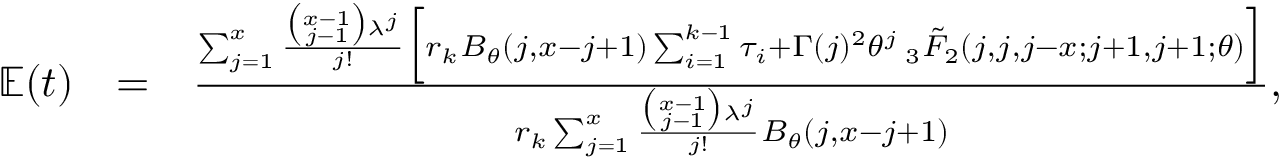
\begin{array} { r l r } { \mathbb { E } ( t ) } & { = } & { \frac { \sum _ { j = 1 } ^ { x } \frac { \binom { x - 1 } { j - 1 } \lambda ^ { j } } { j ! } \Big [ r _ { k } B _ { \theta } ( j , x - j + 1 ) \sum _ { i = 1 } ^ { k - 1 } \tau _ { i } + \Gamma ( j ) ^ { 2 } { \theta } ^ { j } \: _ { 3 } \tilde { F } _ { 2 } ( j , j , j - x ; j + 1 , j + 1 ; \theta ) \Big ] } { r _ { k } \sum _ { j = 1 } ^ { x } \frac { \binom { x - 1 } { j - 1 } \lambda ^ { j } } { j ! } B _ { \theta } ( j , x - j + 1 ) } , } \end{array}